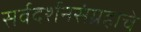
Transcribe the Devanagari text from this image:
सर्वदर्शनसंग्रहाचे